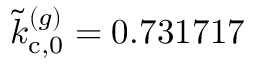
\tilde { k } _ { \mathrm { c } , 0 } ^ { ( g ) } = 0 . 7 3 1 7 1 7